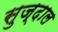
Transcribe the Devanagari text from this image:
सुज्दाल